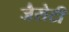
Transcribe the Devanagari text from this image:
जैसेटी